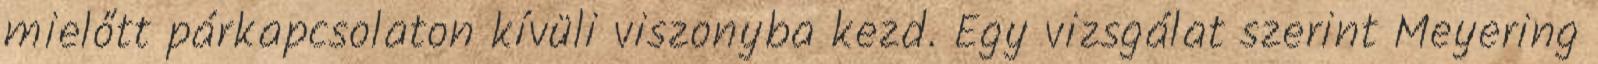
mielőtt párkapcsolaton kívüli viszonyba kezd. Egy vizsgálat szerint Meyering